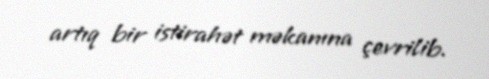
artıq bir istirahət məkanına çevrilib.